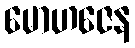
မောဟဇေန